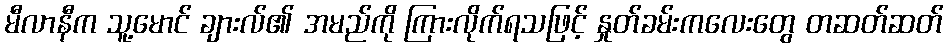
မီလာနီက သူ့မောင် ချားလ်၏ အမည်ကို ကြားလိုက်ရသဖြင့် နှုတ်ခမ်းကလေးတွေ တဆတ်ဆတ်